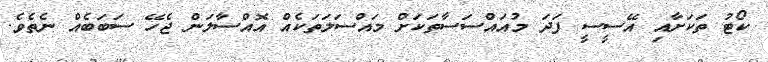
ކޯޓު ތަކަށާއި އޭސީސީ ފަދަ މުއައްސަސާތަކަށް މައްސަލަތަކެއް އޮއްސާލަން ޖެހޭ ސަބަބެއް ނެތެވެ.